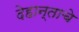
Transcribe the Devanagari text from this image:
देहान्ताचे